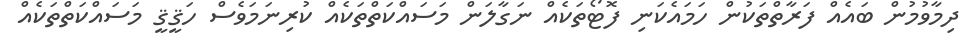
ދިމާވުމުން ބައެއް ފަރާތްތަކުން ހަމައެކަނި ފޮޓޯތަކެއް ނަގާލަން މަސައްކަތްތަކެއް ކުރިނަމަވެސް ހަޤީޤީ މަސައްކަތްތަކެއް